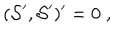
( { \cal S } ^ { \prime } , { \cal S } ^ { \prime } ) ^ { \prime } = 0 \; ,